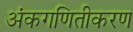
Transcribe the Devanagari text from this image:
अंकगणितीकरण